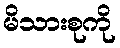
မိသားစုကို